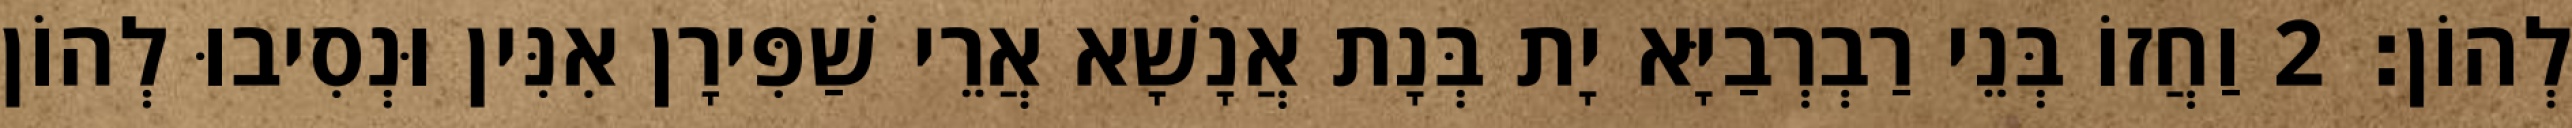
לְהוֹן׃ 2 וַחֲזוֹ בְּנֵי רַבְרְבַיָּא יָת בְּנָת אֲנָשָׁא אֲרֵי שַׁפִּירָן אִנִּין וּנְסִיבוּ לְהוֹן